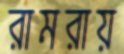
রামরায়